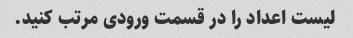
لیست اعداد را در قسمت ورودی مرتب کنید.